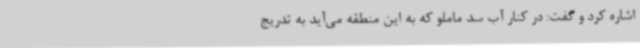
اشاره کرد و گفت: در کنار آب سد ماملو که به این منطقه می‌آید به تدریج